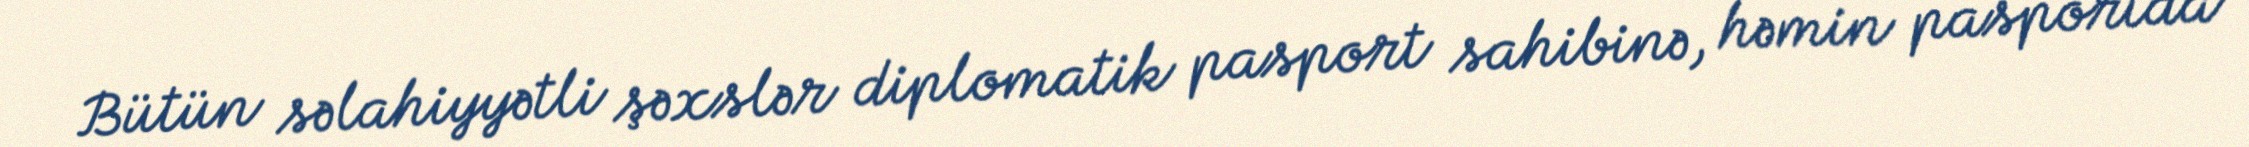
Bütün səlahiyyətli şəxslər diplomatik pasport sahibinə, həmin pasportda